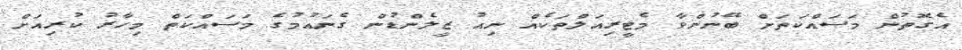
އެގޮތުން މަސައްކަތަށް ބޭނުންވާ މެޓީރިއަލްތަކެއް ނިއު ޒީލެންޑުން ގެނައުމުގެ މަސައްކަތް މިހާރު ކުރިއަށް